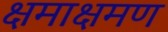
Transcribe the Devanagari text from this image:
क्षमाक्षमण